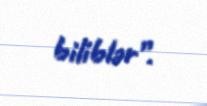
biliblər”.